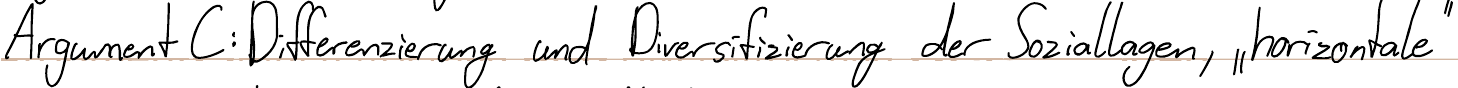
Argument C: Differenzierung und Diversifizierung der Soziallagen, "horizontale"